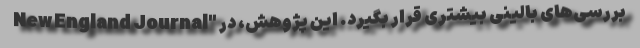
بررسی‌های بالینی بیشتری قرار بگیرد. این پژوهش، در "New England Journal